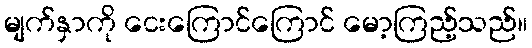
မျက်နှာကို ငေးကြောင်ကြောင် မော့ကြည့်သည်။